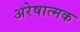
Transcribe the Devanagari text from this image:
अरेषात्मक